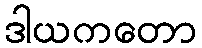
ဒါယကတော